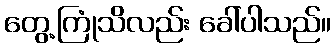
တွေ့ကြုံသိလည်း ခေါ်ပါသည်။